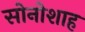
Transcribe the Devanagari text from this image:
सोनोशाह